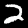
Label: 2